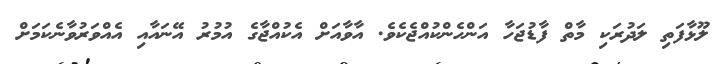
ލޫޅާފަތި ލަދުރަކި މާތް ފާޑުޖަހާ އަންހެންކުއްޖެކެވެ. އާވާއަށް އެކުއްޖާގެ އުމުރު އޭނައާއި އެއްވަރުވާނެކަމަށް